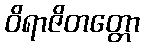
ဝိရာဇိတတ္တော